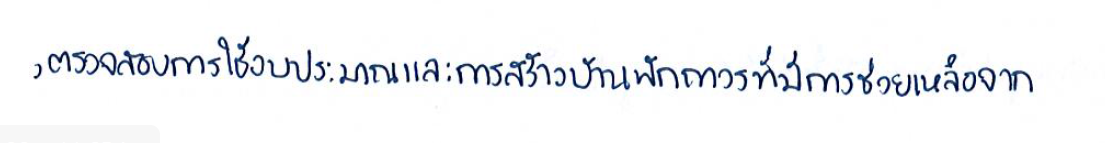
,ตรวจสอบการใช้งบประมาณและการสร้างบ้านพักถาวรที่มีการช่วยเหลือจาก